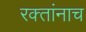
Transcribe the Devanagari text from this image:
रक्‍तांनाच